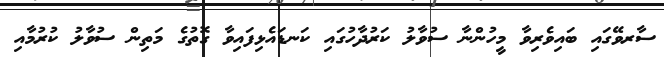
ސާރވޭގައި ބައިވެރިވާ މީހުންނާ ސުވާލު ކަރުދާހުގައި ކަނޑައެޅިފައިވާ ގޮތުގެ މަތިން ސުވާލު ކުރުމާއި